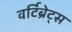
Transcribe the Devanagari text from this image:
वर्टिब्रेट्स